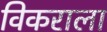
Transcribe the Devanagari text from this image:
विकराला